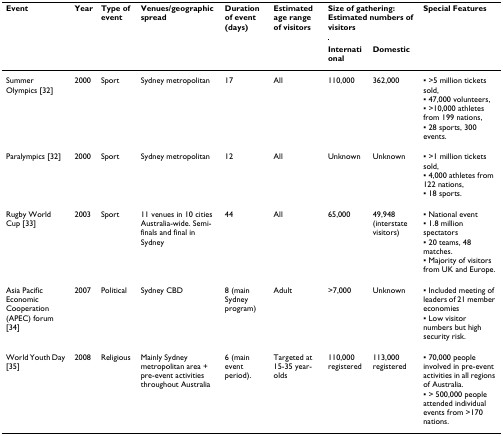
<table><thead><tr><td><b>Event</b></td><td><b>Year</b></td><td><b>Type of event</b></td><td><b>Venues/geographic spread</b></td><td><b>Duration of event (days)</b></td><td><b>Estimated age range of visitors</b></td><td colspan="2"><b>Size of gathering: Estimated numbers of visitors</b></td><td><b>Special Features</b></td></tr><tr><td>[EMPTY_CELL]</td><td>[EMPTY_CELL]</td><td>[EMPTY_CELL]</td><td>[EMPTY_CELL]</td><td>[EMPTY_CELL]</td><td>[EMPTY_CELL]</td><td><b>International</b></td><td><b>Domestic</b></td><td>[EMPTY_CELL]</td></tr></thead><tbody><tr><td>Summer Olympics [32]</td><td>2000</td><td>Sport</td><td>Sydney metropolitan</td><td>17</td><td>All</td><td>110,000</td><td>362,000</td><td>▪ &gt;5 million tickets sold,▪ 47,000 volunteers,▪ &gt;10,000 athletes from 199 nations,▪ 28 sports, 300 events.</td></tr><tr><td>Paralympics [32]</td><td>2000</td><td>Sport</td><td>Sydney metropolitan</td><td>12</td><td>All</td><td>Unknown</td><td>Unknown</td><td>▪ &gt;1 million tickets sold,▪ 4,000 athletes from 122 nations,▪ 18 sports.</td></tr><tr><td>Rugby World Cup [33]</td><td>2003</td><td>Sport</td><td>11 venues in 10 cities Australia-wide. Semi-finals and final in Sydney</td><td>44</td><td>All</td><td>65,000</td><td>49,948 (interstate visitors)</td><td>▪ National event▪ 1.8 million spectators▪ 20 teams, 48 matches.▪ Majority of visitors from UK and Europe.</td></tr><tr><td>Asia Pacific Economic Cooperation (APEC) forum [34]</td><td>2007</td><td>Political</td><td>Sydney CBD</td><td>8 (main Sydney program)</td><td>Adult</td><td>&gt;7,000</td><td>Unknown</td><td>▪ Included meeting of leaders of 21 member economies▪ Low visitor numbers but high security risk.</td></tr><tr><td>World Youth Day [35]</td><td>2008</td><td>Religious</td><td>Mainly Sydney metropolitan area + pre-event activities throughout Australia</td><td>6 (main event period).</td><td>Targeted at 15-35 year-olds</td><td>110,000 registered</td><td>113,000 registered</td><td>▪ 70,000 people involved in pre-event activities in all regions of Australia.▪ &gt; 500,000 people attended individual events from &gt;170 nations.</td></tr></tbody></table>